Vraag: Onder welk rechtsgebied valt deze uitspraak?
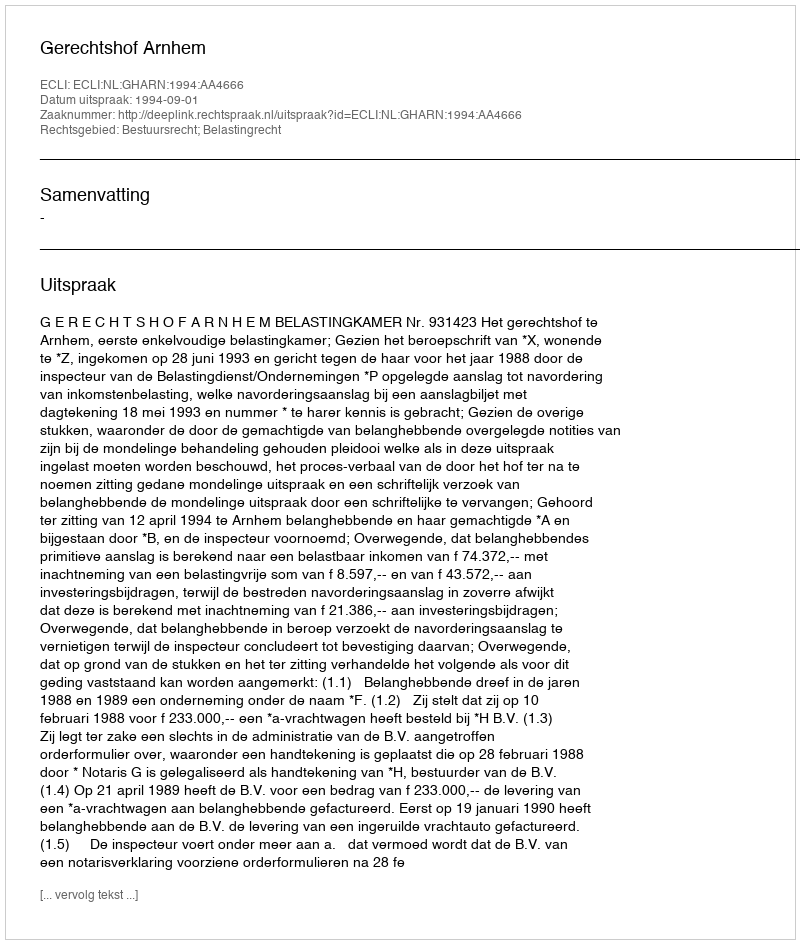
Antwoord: Bestuursrecht; Belastingrecht